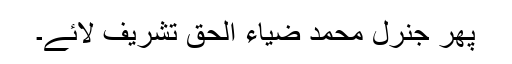
پھر جنرل محمد ضیاء الحق تشریف لائے۔